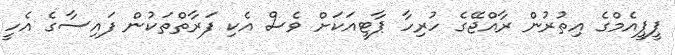
ޕީޕީއެމްގެ އިތުރުން ރާއްޖޭގެ ހުރިހާ ޕާޓީއަކަށް ވެސް އެކި ފަރާތްތަކުން ފައިސާގެ އެހީ